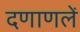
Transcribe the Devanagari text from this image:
दणाणलें